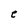
Character: e